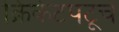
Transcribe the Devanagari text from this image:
क्रिकेटपटूचे